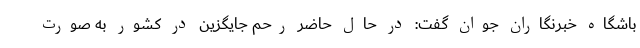
باشگاه خبرنگاران جوان گفت: در حال حاضر رحم جایگزین در کشور به صورت